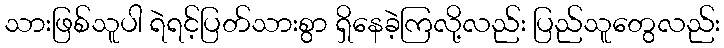
သားဖြစ်သူပါ ရဲရင့်ပြတ်သားစွာ ရှိနေခဲ့ကြလို့လည်း ပြည်သူတွေလည်း